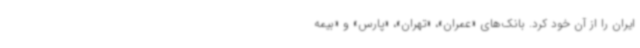
ایران را از آن خود کرد. بانک‌های «عمران»، «تهران»، «پارس» و «بیمه